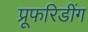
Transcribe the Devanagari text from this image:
प्रूफरिडींग